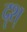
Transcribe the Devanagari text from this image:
दृश्